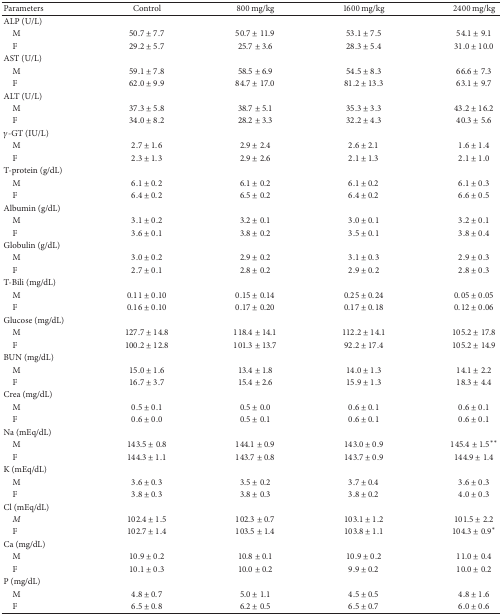
<table><thead><tr><td><b>Parameters</b></td><td><b>Control</b></td><td><b>800 mg/kg</b></td><td><b>1600 mg/kg</b></td><td><b>2400 mg/kg </b></td></tr></thead><tbody><tr><td>ALP (U/L)</td><td> </td><td> </td><td> </td><td> </td></tr><tr><td> M</td><td>50.7 ± 7.7</td><td>50.7 ± 11.9</td><td>53.1 ± 7.5</td><td>54.1 ± 9.1</td></tr><tr><td> F</td><td>29.2 ± 5.7</td><td>25.7 ± 3.6</td><td>28.3 ± 5.4</td><td>31.0 ± 10.0</td></tr><tr><td>AST (U/L)</td><td> </td><td> </td><td> </td><td> </td></tr><tr><td> M</td><td>59.1 ± 7.8</td><td>58.5 ± 6.9</td><td>54.5 ± 8.3</td><td>66.6 ± 7.3</td></tr><tr><td> F</td><td>62.0 ± 9.9</td><td>84.7 ± 17.0</td><td>81.2 ± 13.3</td><td>63.1 ± 9.7</td></tr><tr><td>ALT (U/L)</td><td> </td><td> </td><td> </td><td> </td></tr><tr><td> M</td><td>37.3 ± 5.8</td><td>38.7 ± 5.1</td><td>35.3 ± 3.3</td><td>43.2 ± 16.2</td></tr><tr><td> F</td><td>34.0 ± 8.2</td><td>28.2 ± 3.3</td><td>32.2 ± 4.3</td><td>40.3 ± 5.6</td></tr><tr><td><i>γ</i>-GT (IU/L)</td><td> </td><td> </td><td> </td><td> </td></tr><tr><td> M</td><td>2.7 ± 1.6</td><td>2.9 ± 2.4</td><td>2.6 ± 2.1</td><td>1.6 ± 1.4</td></tr><tr><td> F</td><td>2.3 ± 1.3</td><td>2.9 ± 2.6</td><td>2.1 ± 1.3</td><td>2.1 ± 1.0</td></tr><tr><td>T-protein (g/dL)</td><td> </td><td> </td><td> </td><td> </td></tr><tr><td> M</td><td>6.1 ± 0.2</td><td>6.1 ± 0.2</td><td>6.1 ± 0.2</td><td>6.1 ± 0.3</td></tr><tr><td> F</td><td>6.4 ± 0.2</td><td>6.5 ± 0.2</td><td>6.4 ± 0.2</td><td>6.6 ± 0.5</td></tr><tr><td>Albumin (g/dL)</td><td> </td><td> </td><td> </td><td> </td></tr><tr><td> M</td><td>3.1 ± 0.2</td><td>3.2 ± 0.1</td><td>3.0 ± 0.1</td><td>3.2 ± 0.1</td></tr><tr><td> F</td><td>3.6 ± 0.1</td><td>3.8 ± 0.2</td><td>3.5 ± 0.1</td><td>3.8 ± 0.4</td></tr><tr><td>Globulin (g/dL)</td><td> </td><td> </td><td> </td><td> </td></tr><tr><td> M</td><td>3.0 ± 0.2</td><td>2.9 ± 0.2</td><td>3.1 ± 0.3</td><td>2.9 ± 0.3</td></tr><tr><td> F</td><td>2.7 ± 0.1</td><td>2.8 ± 0.2</td><td>2.9 ± 0.2</td><td>2.8 ± 0.3</td></tr><tr><td>T-Bili (mg/dL)</td><td> </td><td> </td><td> </td><td> </td></tr><tr><td> M</td><td>0.11 ± 0.10</td><td>0.15 ± 0.14</td><td>0.25 ± 0.24</td><td>0.05 ± 0.05</td></tr><tr><td> F</td><td>0.16 ± 0.10</td><td>0.17 ± 0.20</td><td>0.17 ± 0.18</td><td>0.12 ± 0.06</td></tr><tr><td>Glucose (mg/dL)</td><td> </td><td> </td><td> </td><td> </td></tr><tr><td> M</td><td>127.7 ± 14.8</td><td>118.4 ± 14.1</td><td>112.2 ± 14.1</td><td>105.2 ± 17.8</td></tr><tr><td> F</td><td>100.2 ± 12.8</td><td>101.3 ± 13.7</td><td>92.2 ± 17.4</td><td>105.2 ± 14.9</td></tr><tr><td>BUN (mg/dL)</td><td> </td><td> </td><td> </td><td> </td></tr><tr><td> M</td><td>15.0 ± 1.6</td><td>13.4 ± 1.8</td><td>14.0 ± 1.3</td><td>14.1 ± 2.2</td></tr><tr><td> F</td><td>16.7 ± 3.7</td><td>15.4 ± 2.6</td><td>15.9 ± 1.3</td><td>18.3 ± 4.4</td></tr><tr><td>Crea (mg/dL)</td><td> </td><td> </td><td> </td><td> </td></tr><tr><td> M</td><td>0.5 ± 0.1</td><td>0.5 ± 0.0</td><td>0.6 ± 0.1</td><td>0.6 ± 0.1</td></tr><tr><td> F</td><td>0.6 ± 0.0</td><td>0.5 ± 0.1</td><td>0.6 ± 0.1</td><td>0.6 ± 0.1</td></tr><tr><td>Na (mEq/dL)</td><td> </td><td> </td><td> </td><td> </td></tr><tr><td> M</td><td>143.5 ± 0.8</td><td>144.1 ± 0.9</td><td>143.0 ± 0.9</td><td>145.4 ± 1.5<sup><i>∗∗</i></sup></td></tr><tr><td> F</td><td>144.3 ± 1.1</td><td>143.7 ± 0.8</td><td>143.7 ± 0.9</td><td>144.9 ± 1.4</td></tr><tr><td>K (mEq/dL)</td><td> </td><td> </td><td> </td><td> </td></tr><tr><td> M</td><td>3.6 ± 0.3</td><td>3.5 ± 0.2</td><td>3.7 ± 0.4</td><td>3.6 ± 0.3</td></tr><tr><td> F</td><td>3.8 ± 0.3</td><td>3.8 ± 0.3</td><td>3.8 ± 0.2</td><td>4.0 ± 0.3</td></tr><tr><td>Cl (mEq/dL)</td><td> </td><td> </td><td> </td><td> </td></tr><tr><td> <i>M</i></td><td>102.4 ± 1.5</td><td>102.3 ± 0.7</td><td>103.1 ± 1.2</td><td>101.5 ± 2.2</td></tr><tr><td> F</td><td>102.7 ± 1.4</td><td>103.5 ± 1.4</td><td>103.8 ± 1.1</td><td>104.3 ± 0.9<sup><i>∗</i></sup></td></tr><tr><td>Ca (mg/dL)</td><td> </td><td> </td><td> </td><td> </td></tr><tr><td> M</td><td>10.9 ± 0.2</td><td>10.8 ± 0.1</td><td>10.9 ± 0.2</td><td>11.0 ± 0.4</td></tr><tr><td> F</td><td>10.1 ± 0.3</td><td>10.0 ± 0.2</td><td>9.9 ± 0.2</td><td>10.0 ± 0.2</td></tr><tr><td>P (mg/dL)</td><td> </td><td> </td><td> </td><td> </td></tr><tr><td> M</td><td>4.8 ± 0.7</td><td>5.0 ± 1.1</td><td>4.5 ± 0.5</td><td>4.8 ± 1.6</td></tr><tr><td> F</td><td>6.5 ± 0.8</td><td>6.2 ± 0.5</td><td>6.5 ± 0.7</td><td>6.0 ± 0.6</td></tr></tbody></table>